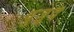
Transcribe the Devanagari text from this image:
वुज़ूद